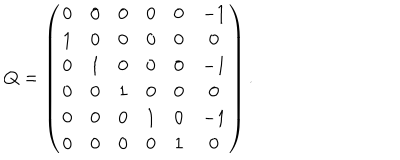
LaTeX: Q = \left( \begin{array} { c c c c c c } { { 0 } } & { { 0 } } & { { 0 } } & { { 0 } } & { { 0 } } & { { - 1 } } \\ { { 1 } } & { { 0 } } & { { 0 } } & { { 0 } } & { { 0 } } & { { 0 } } \\ { { 0 } } & { { 1 } } & { { 0 } } & { { 0 } } & { { 0 } } & { { - 1 } } \\ { { 0 } } & { { 0 } } & { { 1 } } & { { 0 } } & { { 0 } } & { { 0 } } \\ { { 0 } } & { { 0 } } & { { 0 } } & { { 1 } } & { { 0 } } & { { - 1 } } \\ { { 0 } } & { { 0 } } & { { 0 } } & { { 0 } } & { { 1 } } & { { 0 } } \\ \end{array} \right) .